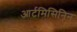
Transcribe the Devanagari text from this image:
आर्टमिसिनिन